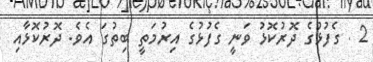
2 . ގެފުޅުގެ ދޮރުކޮޅު ވަނީ ގެފުޅުގެ އިރުމަތީ ބިތުގަ އެވެ. ދޮރުކޮޅާއި